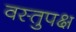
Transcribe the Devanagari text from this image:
वस्तुपक्ष